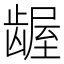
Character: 龌